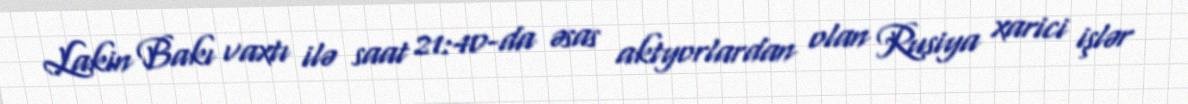
Lakin Bakı vaxtı ilə saat 21:40-da əsas aktyorlardan olan Rusiya xarici işlər